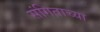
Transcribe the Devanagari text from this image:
संगिताच्या